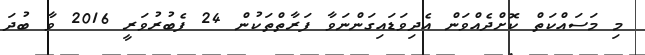
މި މަސައްކަތް ކޮށްދެއްވަން އެދިވަޑައިގަންނަވާ ފަރާތްތަކުން 24 ފެބުރުވަރީ 2016 ވާ ބުދަ